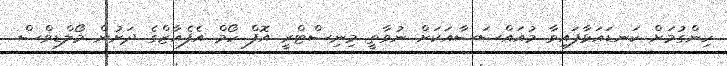
ހިންގުމަށް ކަނޑައަޅާފައިވާ މުއައްސަސާއަކަށް ނުވާތީ މިނިސްޓްރީ އޮފް ހޯމް އެފެއާޒްގެ ދަށުން މޯލްޑިވްސް